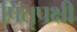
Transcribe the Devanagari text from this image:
पितृपक्षी